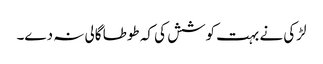
لڑکی نے بہت کوشش کی کہ طوطا گالی نہ دے۔